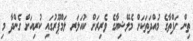
ތިން ހަފްތާގެ މުއްދަތަކަށް މެލޭޝިޔާގެ ވެރިރަށް ކުއަލަރ ލަމްޕޫރުގައި ކުރިއަށް ގެންދާ މި